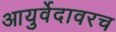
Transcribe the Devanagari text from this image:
आयुर्वेदावरच